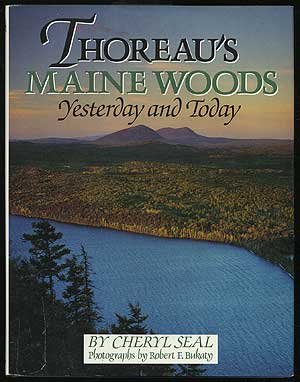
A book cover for Thoreau's Maine Woods: Yesterday and Today; Cheryl Seal; Travel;